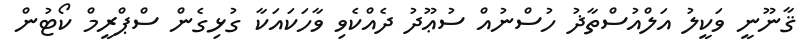
ޤާނޫނީ ވަކީލު އަލްއުސްތާޛު ހުސްނުއް ސުޢޫދު ދެއްކެވި ވާހަކައަކާ ގުޅިގެން ސްޕްރީމް ކޯޓުން